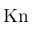
\mathrm { K n }